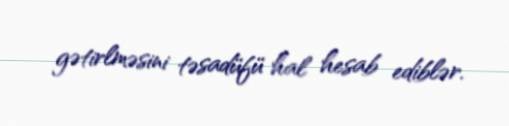
gətirlməsini təsadüfü hal hesab ediblər.